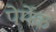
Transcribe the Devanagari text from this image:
पेर्मेक